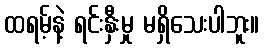
ထရမ့်နဲ့ ရင်းနှီးမှု မရှိသေးပါဘူး။